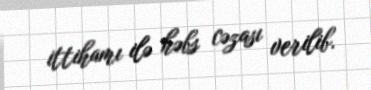
ittihamı ilə həbs cəzası verilib.